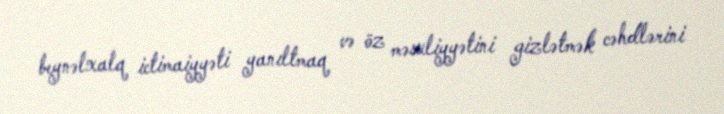
beynəlxalq ictimaiyyəti yanıltmaq və öz məsuliyyətini gizlətmək cəhdlərini